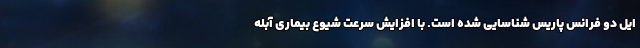
ایل دو فرانس پاریس شناسایی شده است. با افزایش سرعت شیوع بیماری آبله